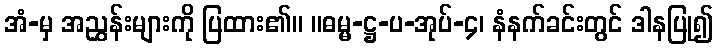
အံ-မှ အညွှန်းများကို ပြထား၏။ ။ဓမ္မ-ဋ္ဌ-ပ-အုပ်-၄၊ နံနက်ခင်းတွင် ဒါနပြု၍